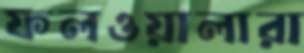
ফলওয়ালারা